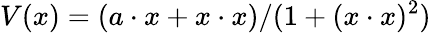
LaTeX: V(x)=(a\cdot x+x\cdot x)/(1+(x\cdot x)^{2})